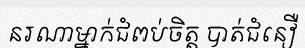
នរណាម្នាក់ជំពប់ចិត្ត បាត់ជំនឿ